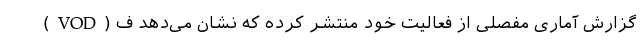
(VOD) گزارش آماری مفصلی از فعالیت خود منتشر کرده که نشان می‌دهد ف